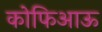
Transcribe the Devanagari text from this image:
कोफिआऊ